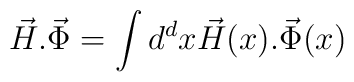
\vec H.\vec \Phi= \int d^dx  \vec H(x).\vec\Phi(x)